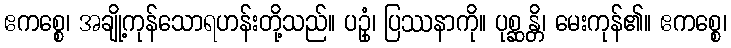
ဧကစ္စေ၊ အချို့ကုန်သောရဟန်းတို့သည်။ ပဥှံ၊ ပြဿနာကို။ ပုစ္ဆန္တိ၊ မေးကုန်၏။ ဧကစ္စေ၊